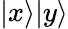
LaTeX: |x\rangle|y\rangle